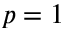
p = 1